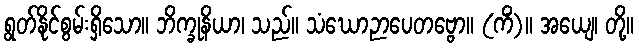
ရွတ်နိုင်စွမ်းရှိသော။ ဘိက္ခုနိယာ၊ သည်။ သံဃောဉာပေတဗ္ဗော။ (ကိံ)။ အယျေ၊ တို့။